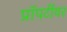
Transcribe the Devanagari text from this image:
प्रॉपर्टीवर